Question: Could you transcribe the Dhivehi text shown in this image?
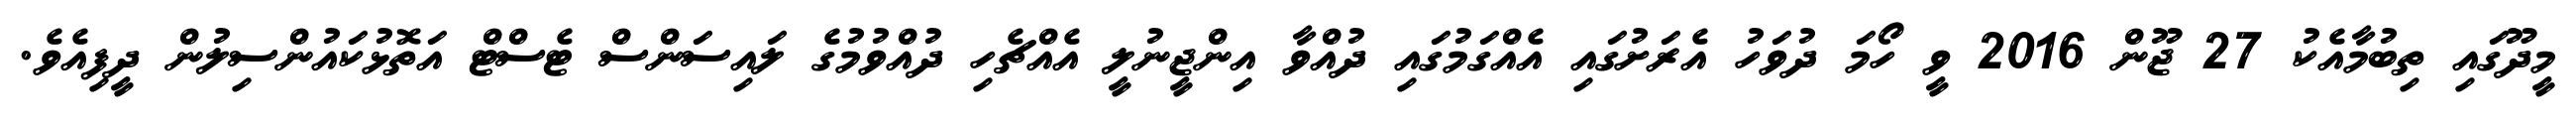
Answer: މީދޫގައި ތިބުމާއެކު 27 ޖޫން 2016 ވީ ހޯމަ ދުވަހު އެރަށުގައި އެއްގަމުގައި ދުއްވާ އިންޖީނުލީ އެއްޗެހި ދުއްވުމުގެ ލައިސަންސް ޓެސްޓް އަތޮޅުކައުންސިލުން ދީފިއެވެ.